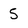
Character: 5